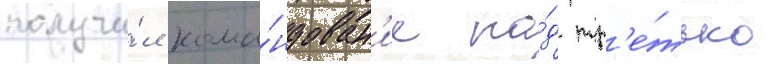
получи́л кома́ндован'ие на́д тр'е́тью